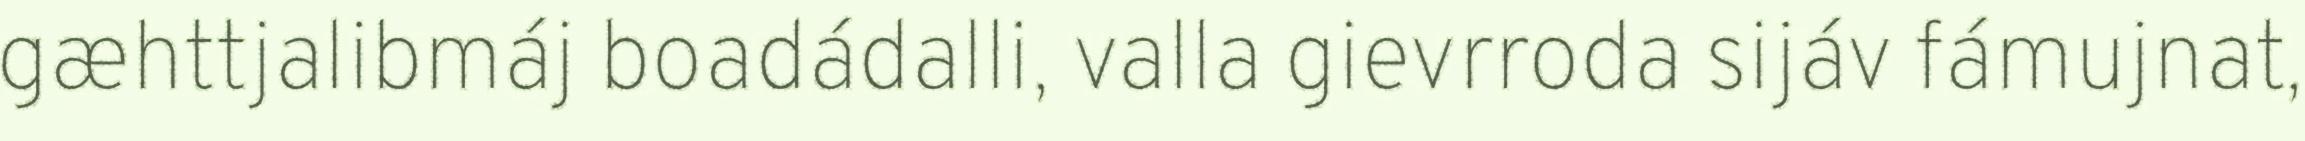
gæhttjalibmáj boadádalli, valla gievrroda sijáv fámujnat,